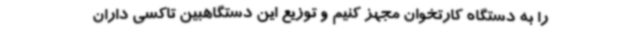
را به دستگاه کارتخوان مجهز کنیم و توزیع این دستگاهبین تاکسی داران